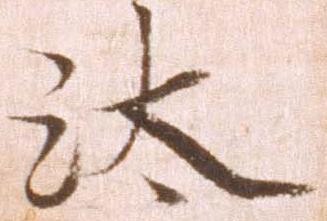
汰